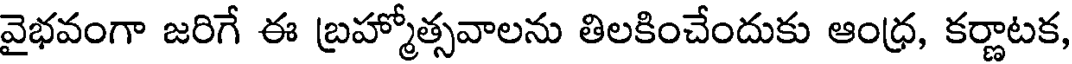
వైభవంగా జరిగే ఈ బ్రహ్మోత్సవాలను తిలకించేందుకు ఆంధ్ర, కర్ణాటక,